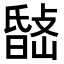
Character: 𭤉